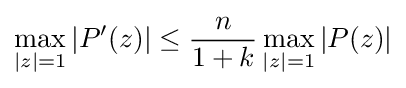
\max _{|z|=1}|P'(z)|\leq {\frac {n}{1+k}}\max _{|z|=1}|P(z)|